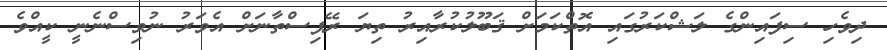
ދިވެހި ސިފައިންްގެ ލަޝްކަރުގައި އޮތްކަމަށް ޤަބޫލުކުރާއިރު ތިޔަ ރޭޕިސްތާނަށް އެވަރު ނުވިސްނެނީ ކީއްވެ